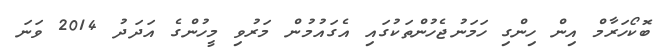
ބޮކޯހަރާމް އިން ހިންގި ހަމަނުޖެހުންތަކުގައި އެގައުމުން މަރުވި މީހުންގެ އަދަދު 2014 ވަނަ